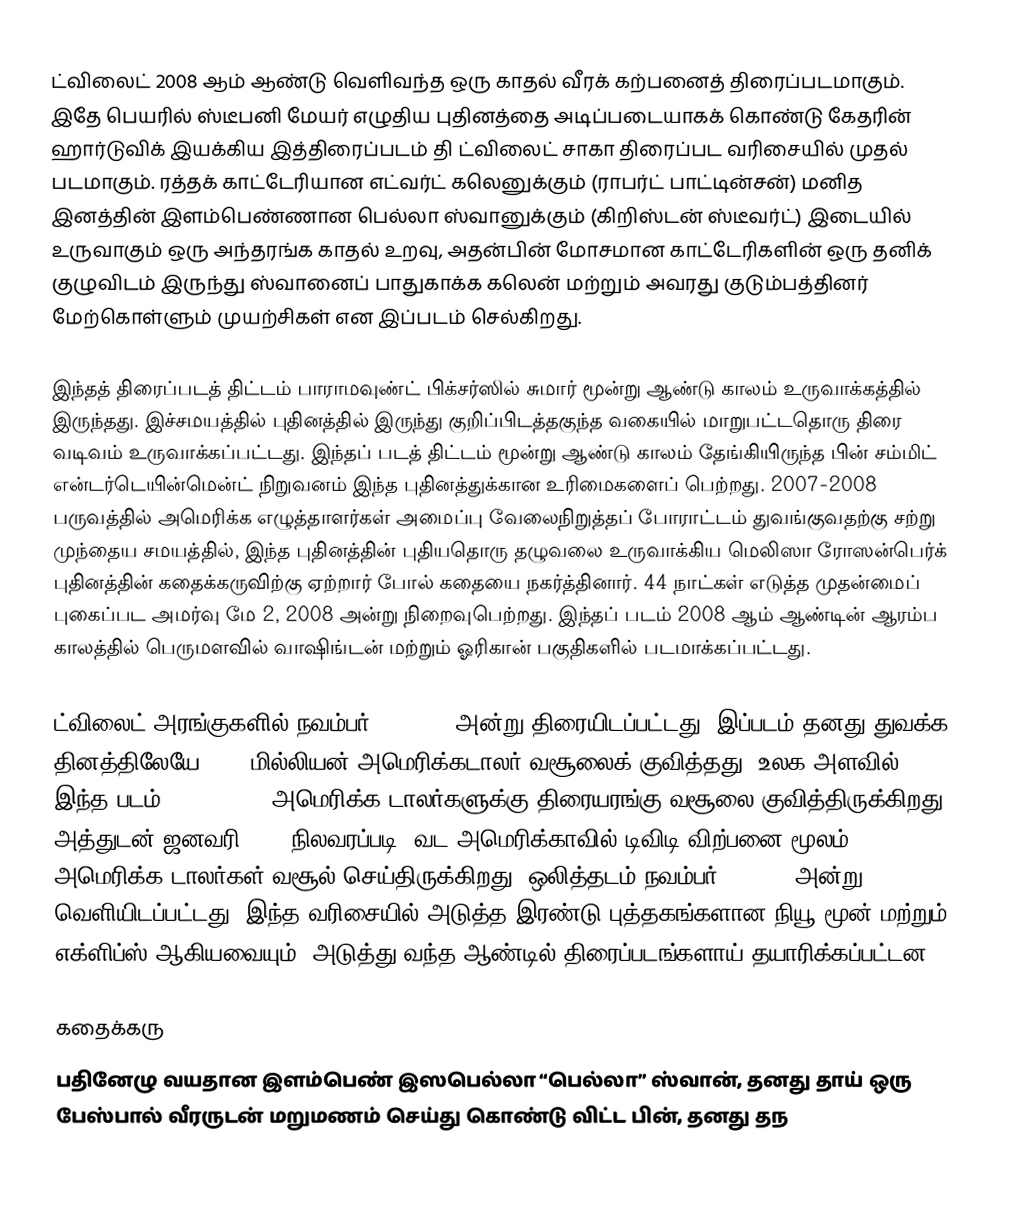
ட்விலைட்  2008 ஆம் ஆண்டு வெளிவந்த ஒரு காதல் வீரக் கற்பனைத் திரைப்படமாகும். இதே பெயரில் ஸ்டீபனி மேயர் எழுதிய புதினத்தை அடிப்படையாகக் கொண்டு கேதரின் ஹார்டுவிக் இயக்கிய இத்திரைப்படம் தி ட்விலைட் சாகா திரைப்பட வரிசையில் முதல் படமாகும். ரத்தக் காட்டேரியான எட்வர்ட் கலெனுக்கும் (ராபர்ட் பாட்டின்சன்) மனித இனத்தின் இளம்பெண்ணான பெல்லா ஸ்வானுக்கும் (கிறிஸ்டன் ஸ்டீவர்ட்) இடையில் உருவாகும் ஒரு அந்தரங்க காதல் உறவு, அதன்பின் மோசமான காட்டேரிகளின் ஒரு தனிக் குழுவிடம் இருந்து ஸ்வானைப் பாதுகாக்க கலென் மற்றும் அவரது குடும்பத்தினர் மேற்கொள்ளும் முயற்சிகள் என இப்படம் செல்கிறது.

இந்தத் திரைப்படத் திட்டம் பாராமவுண்ட் பிக்சர்ஸில் சுமார் மூன்று ஆண்டு காலம் உருவாக்கத்தில் இருந்தது. இச்சமயத்தில் புதினத்தில் இருந்து குறிப்பிடத்தகுந்த வகையில் மாறுபட்டதொரு திரை வடிவம் உருவாக்கப்பட்டது. இந்தப் படத் திட்டம் மூன்று ஆண்டு காலம் தேங்கியிருந்த பின் சம்மிட் என்டர்டெயின்மென்ட் நிறுவனம் இந்த புதினத்துக்கான உரிமைகளைப் பெற்றது. 2007-2008 பருவத்தில் அமெரிக்க எழுத்தாளர்கள் அமைப்பு வேலைநிறுத்தப் போராட்டம் துவங்குவதற்கு சற்று முந்தைய சமயத்தில், இந்த புதினத்தின் புதியதொரு தழுவலை உருவாக்கிய மெலிஸா ரோஸன்பெர்க் புதினத்தின் கதைக்கருவிற்கு ஏற்றார் போல் கதையை நகர்த்தினார். 44 நாட்கள் எடுத்த முதன்மைப் புகைப்பட அமர்வு மே 2, 2008 அன்று நிறைவுபெற்றது. இந்தப் படம் 2008 ஆம் ஆண்டின் ஆரம்ப காலத்தில் பெருமளவில் வாஷிங்டன் மற்றும் ஓரிகான் பகுதிகளில் படமாக்கப்பட்டது.

ட்விலைட் அரங்குகளில் நவம்பர் 21, 2008 அன்று திரையிடப்பட்டது. இப்படம் தனது துவக்க தினத்திலேயே 35.7 மில்லியன் அமெரிக்கடாலர் வசூலைக் குவித்தது. உலக அளவில் இந்த படம் 384,997,808 அமெரிக்க டாலர்களுக்கு திரையரங்கு வசூலை குவித்திருக்கிறது. அத்துடன் ஜனவரி 2010 நிலவரப்படி, வட அமெரிக்காவில் டிவிடி விற்பனை மூலம் 178,166,045 அமெரிக்க டாலர்கள் வசூல் செய்திருக்கிறது. ஒலித்தடம் நவம்பர் 4, 2008 அன்று வெளியிடப்பட்டது. இந்த வரிசையில் அடுத்த இரண்டு புத்தகங்களான நியூ மூன் மற்றும் எக்ளிப்ஸ் ஆகியவையும், அடுத்து வந்த ஆண்டில் திரைப்படங்களாய் தயாரிக்கப்பட்டன.

கதைக்கரு
பதினேழு வயதான இளம்பெண் இஸபெல்லா “பெல்லா” ஸ்வான், தனது தாய் ஒரு பேஸ்பால் வீரருடன் மறுமணம் செய்து கொண்டு விட்ட பின், தனது தந